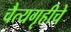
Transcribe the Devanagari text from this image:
चैत्यगृहीचे